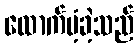
ထောက်ပံ့ခဲ့သည်